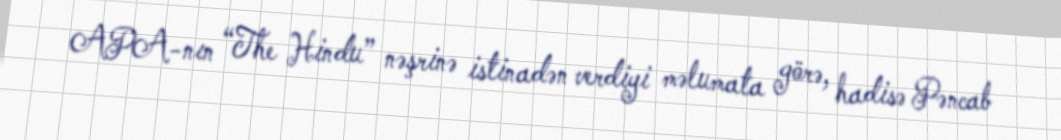
APA-nın “The Hindu” nəşrinə istinadən verdiyi məlumata görə, hadisə Pəncab